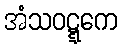
အံသဝဋ္ဋကေ